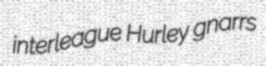
interleague Hurley gnarrs